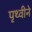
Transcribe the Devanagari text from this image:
पृथ्वीने